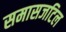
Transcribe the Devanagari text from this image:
समासजटिल